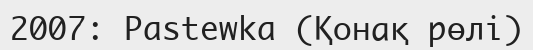
2007: Pastewka (Қонақ рөлі)